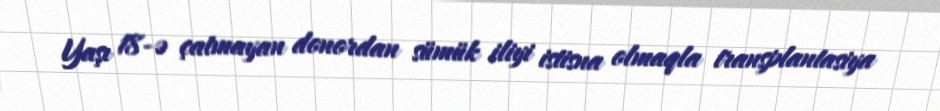
Yaşı 18-ə çatmayan donordan sümük iliyi istisna olmaqla transplantasiya